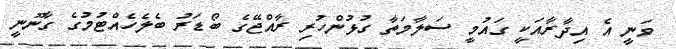
ވަނީ އެ އިދާރާއަކީ ގައުމީ ސަލާމަތާ ގުޅުންހުރި ރާއްޖޭގެ ބޯޑަރު ބެލެހެއްޓުމުގެ ގާނޫނީ